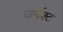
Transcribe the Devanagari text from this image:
जर्नेक्ट